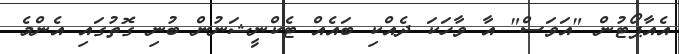
އެއާޕޯޓުން "އަވަސް" އާ ވާހަކަ ދެއްކި ބައެއް ޓެކްނީޝަނުން ބުނި ގޮތުގައި އެންމެ